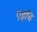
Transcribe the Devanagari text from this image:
एइचि